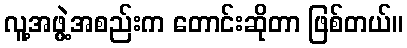
လူ့အဖွဲ့အစည်းက တောင်းဆိုတာ ဖြစ်တယ်။